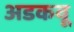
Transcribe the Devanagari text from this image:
अडकवू